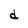
Character: d